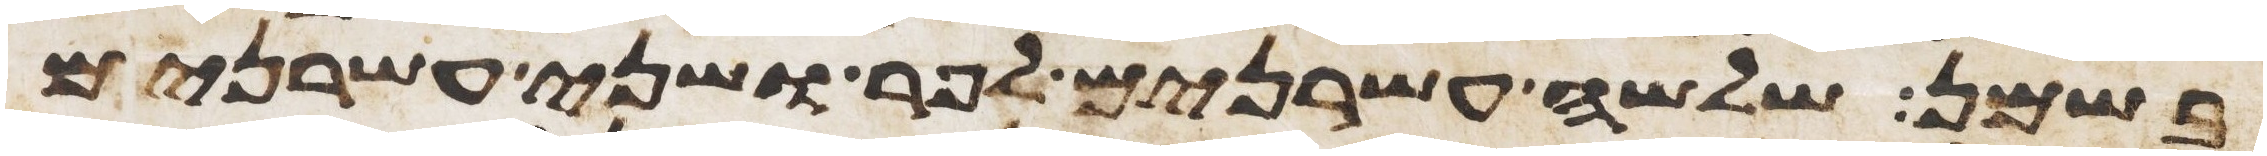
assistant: בשמן שלשה עשרנים לפר ושני עשרנים